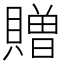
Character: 贈